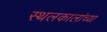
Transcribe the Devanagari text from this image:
स्थलकालांच्या